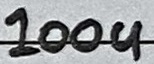
Text: 100u